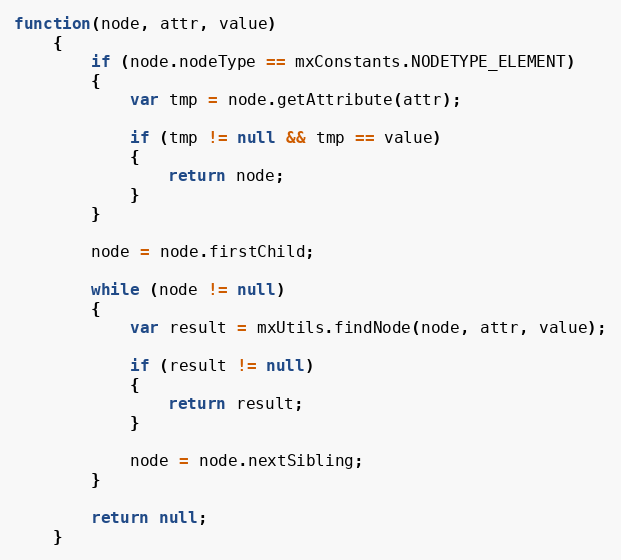
Language: JavaScript
function(node, attr, value)
	{
		if (node.nodeType == mxConstants.NODETYPE_ELEMENT)
		{
			var tmp = node.getAttribute(attr);

			if (tmp != null && tmp == value)
			{
				return node;
			}
		}

		node = node.firstChild;

		while (node != null)
		{
			var result = mxUtils.findNode(node, attr, value);

			if (result != null)
			{
				return result;
			}

			node = node.nextSibling;
		}

		return null;
	}